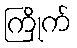
ကြိုက်